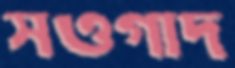
সওগাদ